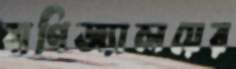
বাণিজ্যালয়ের